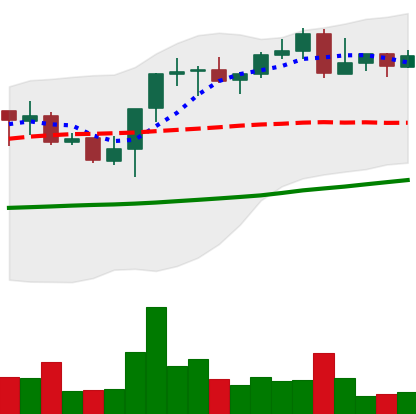
Ticker: BNB-USD
Chart end date: 2021-10-25
Forward return: 8.929%
Label: up_7plus